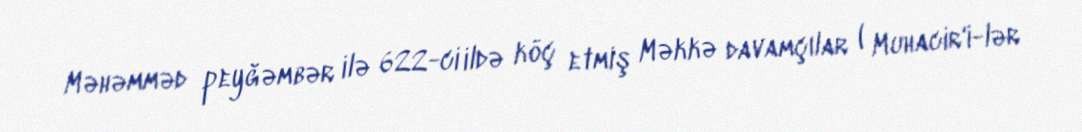
Məhəmməd peyğəmbər ilə 622-ci ildə köç etmiş Məkkə davamçılar ( Muhacir'i-lər